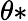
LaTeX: \theta*